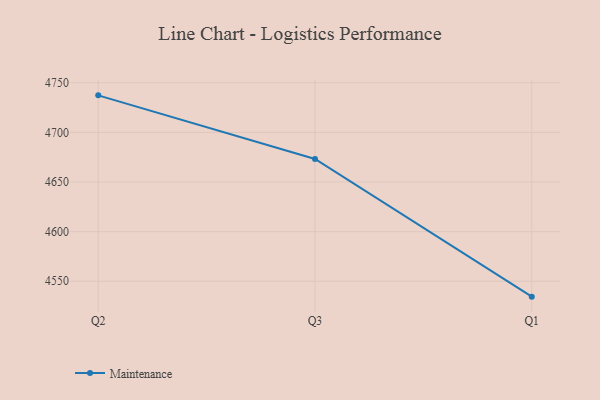
{"axis": {"x": "Quarter", "y": "Waste Production (Tons)"}, "legend": ["Maintenance"], "data": [{"x": "Q2", "y": 4737.3, "type": "Maintenance"}, {"x": "Q3", "y": 4673.2, "type": "Maintenance"}, {"x": "Q1", "y": 4534.5, "type": "Maintenance"}]}